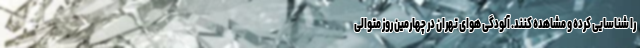
را شناسایی کرده و مشاهده کنند. آلودگی هوای تهران در چهارمین روز متوالی